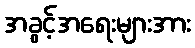
အခွင့်အရေးများအား